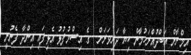
އިމްރާން އަބްދުއްރަހުމާން ކިޔާ ދަރިވަރަށް  ގެ އިސްމުފުޅު އެޅިފައި އިންދާ ފެނުނީ